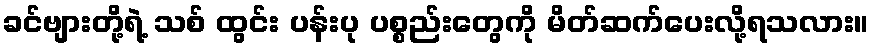
ခင်ဗျားတို့ရဲ့ သစ် ထွင်း ပန်းပု ပစ္စည်းတွေကို မိတ်ဆက်ပေးလို့ရသလား။